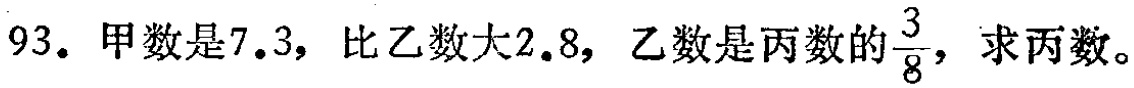
93. 甲数是7.3，比乙数大2.8，乙数是丙数的$\frac{3}{8}$，求丙数。